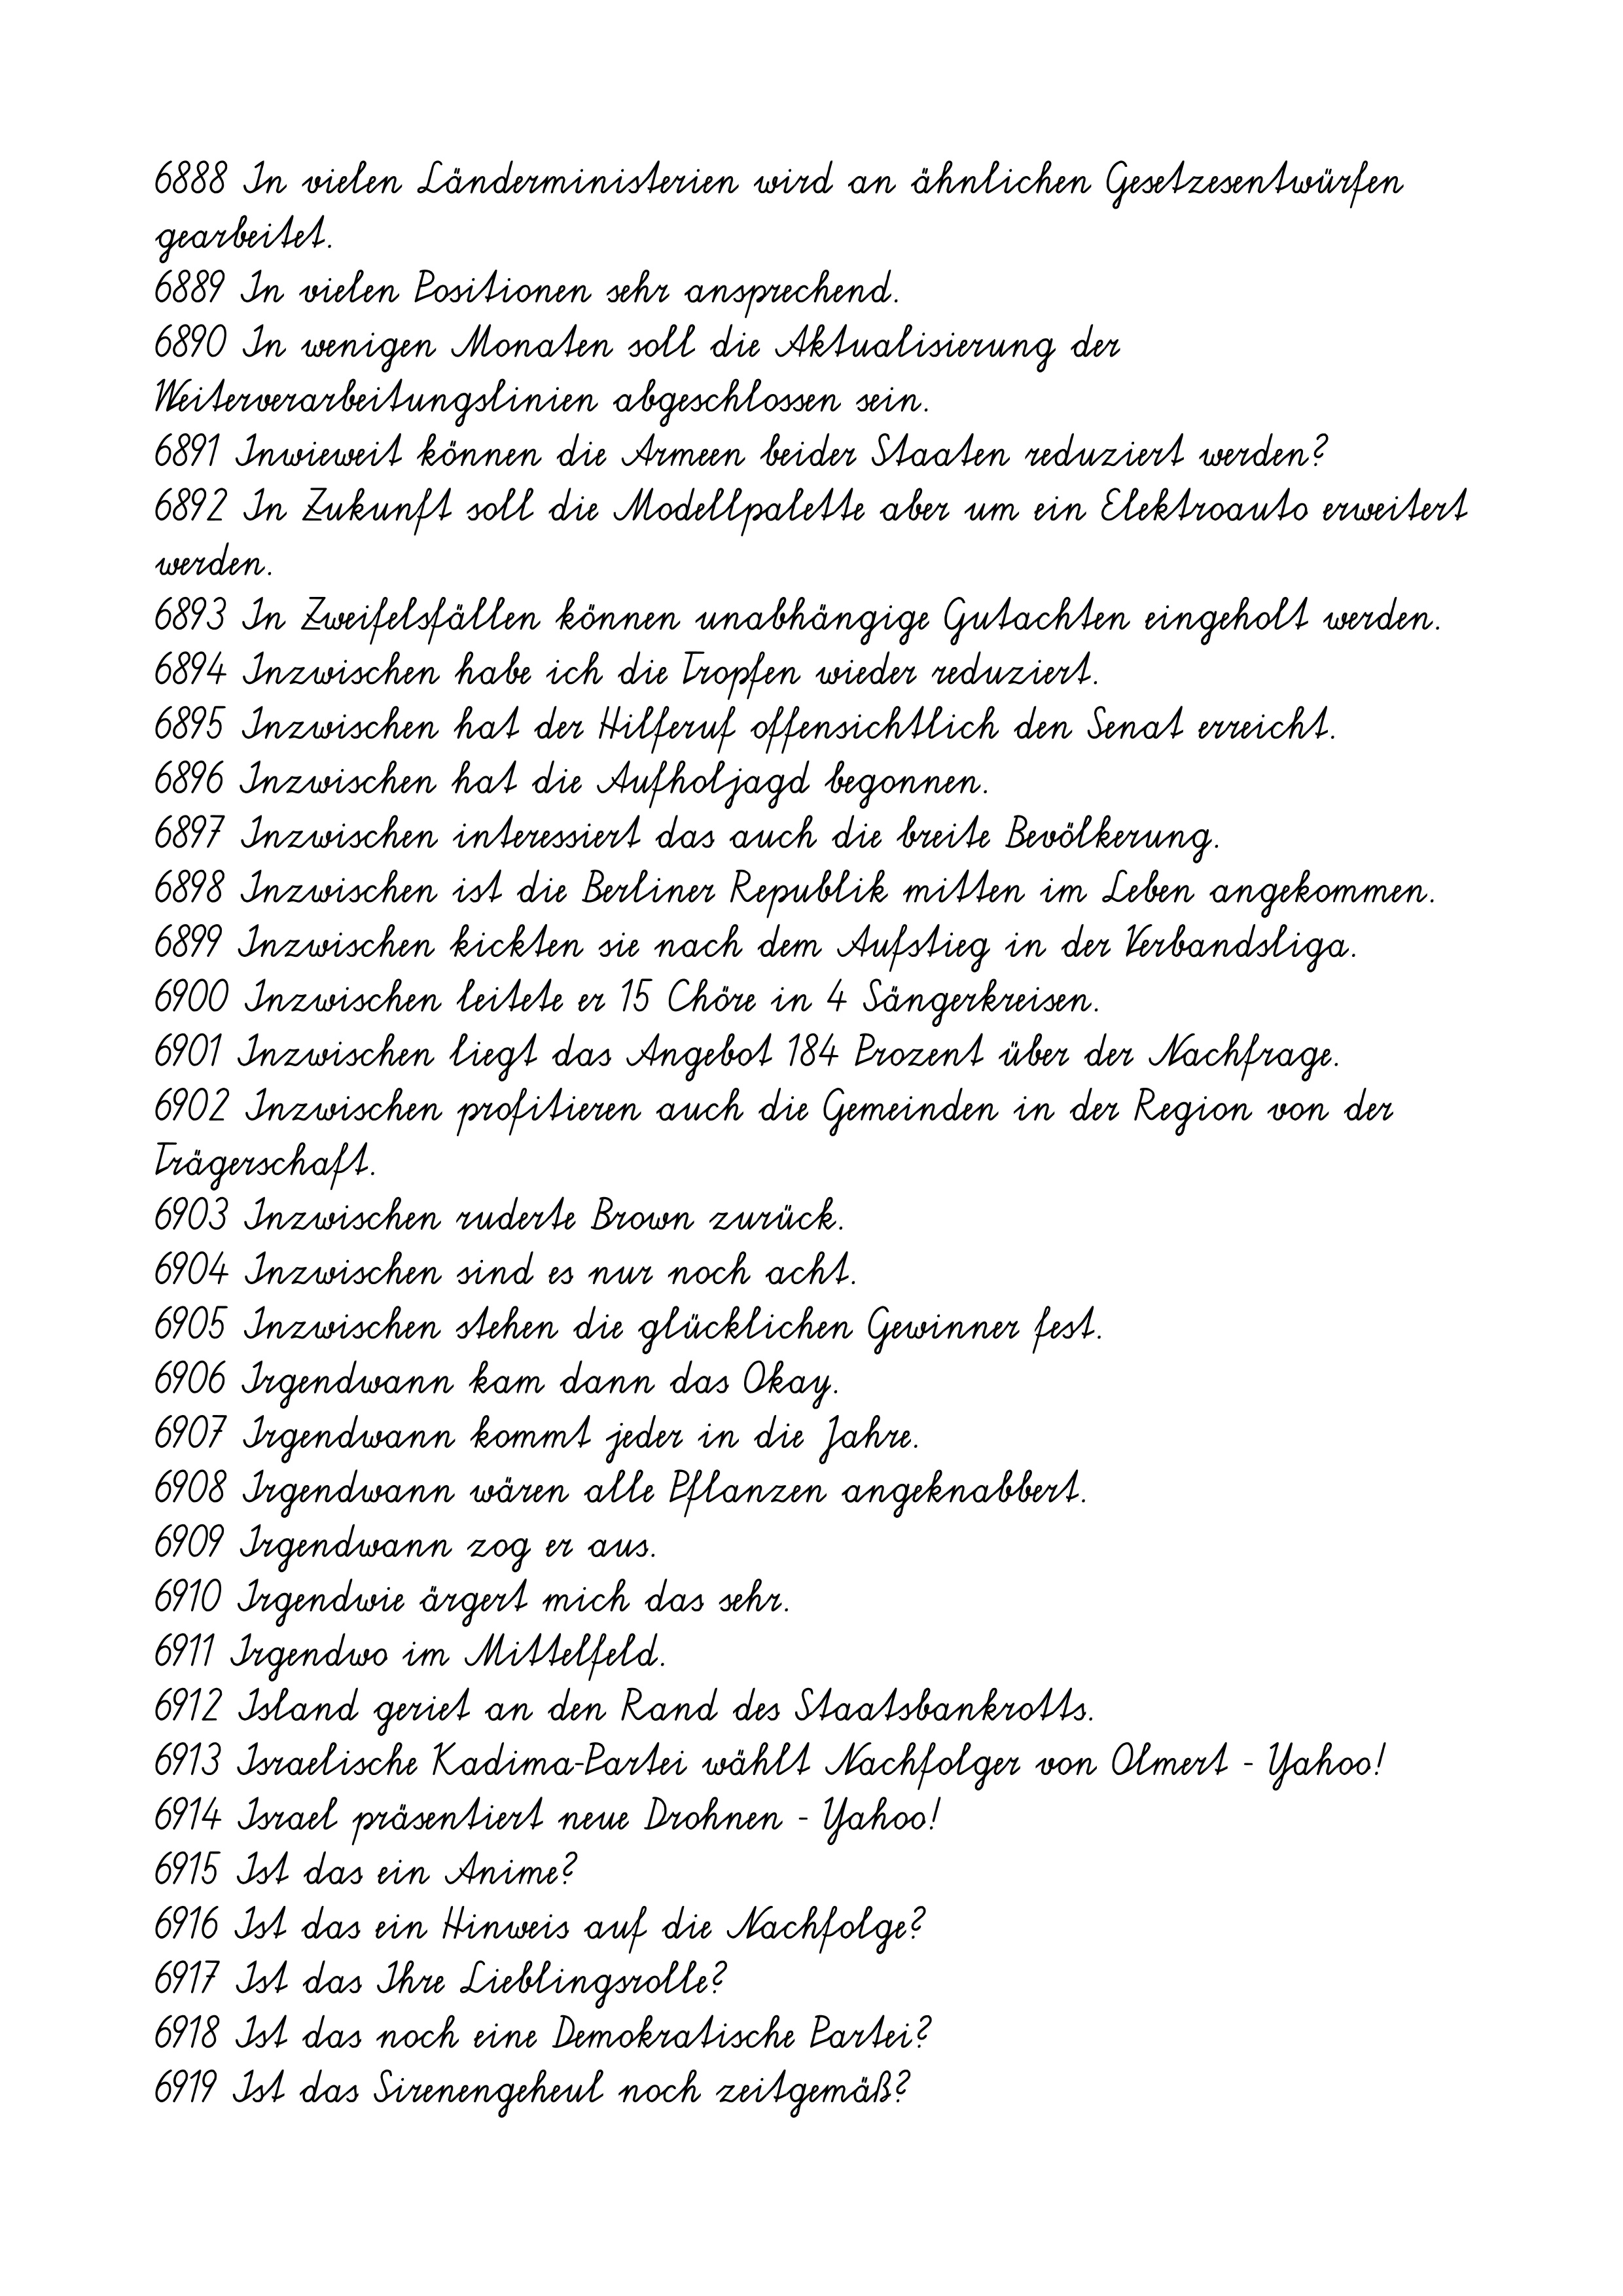
6888 In vielen Länderministerien wird an ähnlichen Gesetzesentwürfen
gearbeitet.
6889 In vielen Positionen sehr ansprechend.
6890 In wenigen Monaten soll die Aktualisierung der
Weiterverarbeitungslinien abgeschlossen sein.
6891 Inwieweit können die Armeen beider Staaten reduziert werden?
6892 In Zukunft soll die Modellpalette aber um ein Elektroauto erweitert
werden.
6893 In Zweifelsfällen können unabhängige Gutachten eingeholt werden.
6894 Inzwischen habe ich die Tropfen wieder reduziert.
6895 Inzwischen hat der Hilferuf offensichtlich den Senat erreicht.
6896 Inzwischen hat die Aufholjagd begonnen.
6897 Inzwischen interessiert das auch die breite Bevölkerung.
6898 Inzwischen ist die Berliner Republik mitten im Leben angekommen.
6899 Inzwischen kickten sie nach dem Aufstieg in der Verbandsliga.
6900 Inzwischen leitete er 15 Chöre in 4 Sängerkreisen.
6901 Inzwischen liegt das Angebot 184 Prozent über der Nachfrage.
6902 Inzwischen profitieren auch die Gemeinden in der Region von der
Trägerschaft.
6903 Inzwischen ruderte Brown zurück.
6904 Inzwischen sind es nur noch acht.
6905 Inzwischen stehen die glücklichen Gewinner fest.
6906 Irgendwann kam dann das Okay.
6907 Irgendwann kommt jeder in die Jahre.
6908 Irgendwann wären alle Pflanzen angeknabbert.
6909 Irgendwann zog er aus.
6910 Irgendwie ärgert mich das sehr.
6911 Irgendwo im Mittelfeld.
6912 Island geriet an den Rand des Staatsbankrotts.
6913 Israelische Kadima-Partei wählt Nachfolger von Olmert - Yahoo!
6914 Israel präsentiert neue Drohnen - Yahoo!
6915 Ist das ein Anime?
6916 Ist das ein Hinweis auf die Nachfolge?
6917 Ist das Ihre Lieblingsrolle?
6918 Ist das noch eine Demokratische Partei?
6919 Ist das Sirenengeheul noch zeitgemäß?